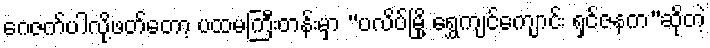
ဂေဇက်ပါလို့ဖတ်တော့ ပထမကြီးတန်းမှာ “ပလိပ်မြို့ ရွှေကျင်ကျောင်း ရှင်ဇနက”ဆိုတဲ့